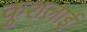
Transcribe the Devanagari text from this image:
कुशलाई